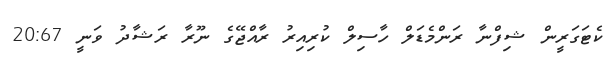
ކެޓަގަރީން ޝިފްނާ ރަންމެޑަލް ހާސިލް ކުރިއިރު ރާއްޖޭގެ ނޫރާ ރަޝާދު ވަނީ 20:67